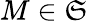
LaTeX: M\in\mathfrak{S}